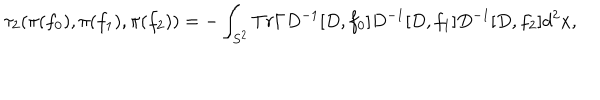
{ \tau } _ { 2 } ( { \pi } ( f _ { 0 } ) , { \pi } ( f _ { 1 } ) , { \pi } ( f _ { 2 } ) ) = - \int _ { S ^ { 2 } } T r { \Gamma } D ^ { - 1 } [ D , f _ { 0 } ] D ^ { - 1 } [ D , f _ { 1 } ] D ^ { - 1 } [ D , f _ { 2 } ] d ^ { 2 } x ,